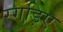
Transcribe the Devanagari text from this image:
रगड़िए